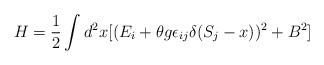
LaTeX: \begin{align*}H=\frac{1}{2}\int d^2 x[(E_i+\theta g \epsilon_{ij}\delta (S_j-x))^2+B^2]\end{align*}